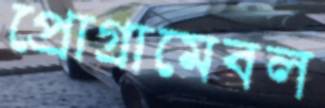
প্রোগ্রামেবল